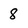
Character: 8